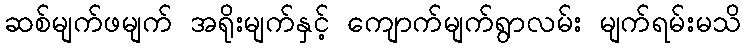
ဆစ်မျက်ဖမျက် အရိုးမျက်နှင့် ကျောက်မျက်ရွာလမ်း မျက်ရမ်းမသိ